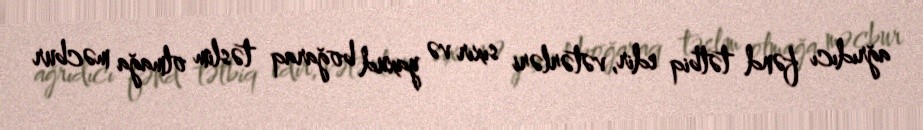
ağrıdıcı fənd tətbiq edir, vətərləri sıxır və yaxud boğaraq təslim olmağa məcbur